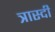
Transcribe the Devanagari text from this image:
त्रास्दी